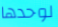
لوحدها